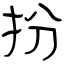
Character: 扮